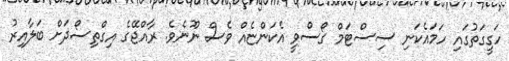
ހަގީގަތުގައި ހަމައެކަނި ސިސްޓަމް ގޯސްވީ އެކަންޏެއް ވެސް ނޫނެވެ. ރާއްޖޭގެ އިގްތިސޯދަށް ބަލާއިރު